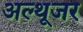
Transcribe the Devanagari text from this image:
अल्थूजर